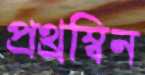
প্রথ্রম্বিন